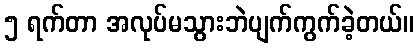
၅ ရက်တာ အလုပ်မသွားဘဲပျက်ကွက်ခဲ့တယ်။